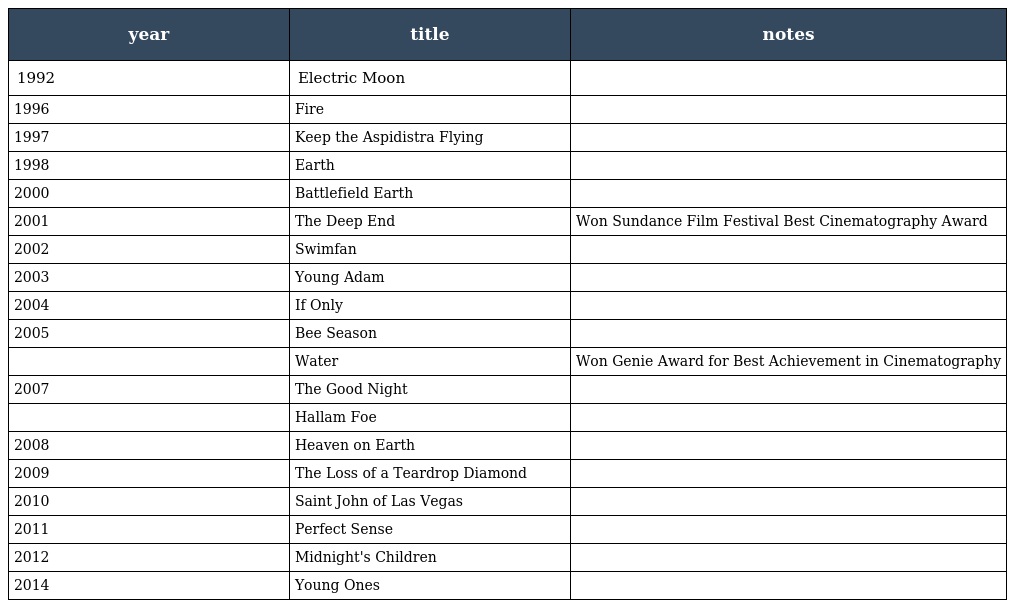
| year | title | notes |
 | --- | --- | --- |
 | 1992 | Electric Moon |  |
 | 1996 | Fire |  |
 | 1997 | Keep the Aspidistra Flying |  |
 | 1998 | Earth |  |
 | 2000 | Battlefield Earth |  |
 | 2001 | The Deep End | Won Sundance Film Festival Best Cinematography Award |
 | 2002 | Swimfan |  |
 | 2003 | Young Adam |  |
 | 2004 | If Only |  |
 | 2005 | Bee Season |  |
 |  | Water | Won Genie Award for Best Achievement in Cinematography |
 | 2007 | The Good Night |  |
 |  | Hallam Foe |  |
 | 2008 | Heaven on Earth |  |
 | 2009 | The Loss of a Teardrop Diamond |  |
 | 2010 | Saint John of Las Vegas |  |
 | 2011 | Perfect Sense |  |
 | 2012 | Midnight's Children |  |
 | 2014 | Young Ones |  |